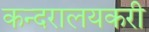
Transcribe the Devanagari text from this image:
कन्दरालयकरी